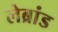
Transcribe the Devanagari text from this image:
लेब्रांड